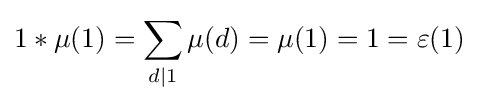
1*\mu (1)=\sum _{d\mid 1}\mu (d)=\mu (1)=1=\varepsilon (1)